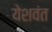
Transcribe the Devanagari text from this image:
येशवंत